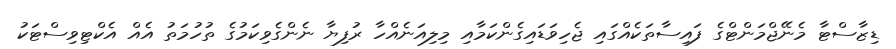
ޑިޒާސްޓާ މެނޭޖްމަންޓްގެ ފައިސާތަކެއްގައި ޖެހިވަޑައިގެންކަމާއި މިލިއަނެއްހާ ރުފިޔާ ނެންގެވިކަމުގެ ތުހުމަތު އެއް އެކްޓިވިސްޓަކު